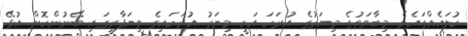
ކުލައެއްގައެވެ. މިބާވަތުގެ މިޔަރުގެ އުރަހަ އަކީ މިޔަރު އުރަހައިގެ ވިޔަފާރީގައި ބޭނުންކޮށް އުޅޭ